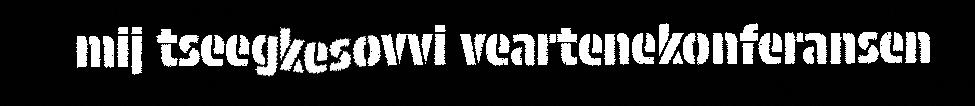
mij tseegkesovvi veartenekonferansen